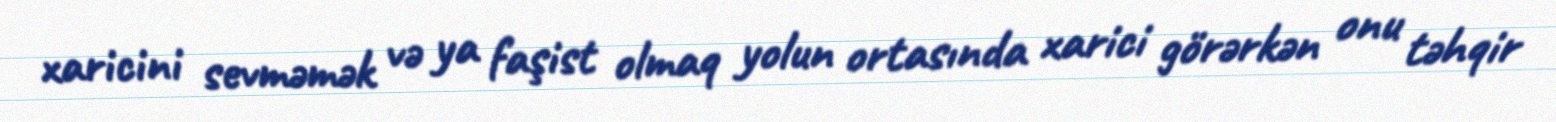
xaricini sevməmək və ya faşist olmaq yolun ortasında xarici görərkən onu təhqir